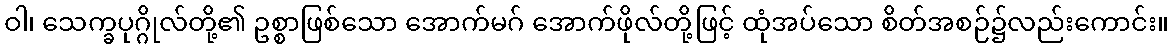
ဝါ၊ သေက္ခပုဂ္ဂိုလ်တို့၏ ဥစ္စာဖြစ်သော အောက်မဂ် အောက်ဖိုလ်တို့ဖြင့် ထုံအပ်သော စိတ်အစဉ်၌လည်းကောင်း။